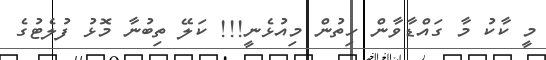
މީ ކާކު މާ ގައްޑާވާން ހިތުން މިއުޅެނީ!!! ކަލޭ ތިބުނާ މޮޅު ފުލެޓުގެ